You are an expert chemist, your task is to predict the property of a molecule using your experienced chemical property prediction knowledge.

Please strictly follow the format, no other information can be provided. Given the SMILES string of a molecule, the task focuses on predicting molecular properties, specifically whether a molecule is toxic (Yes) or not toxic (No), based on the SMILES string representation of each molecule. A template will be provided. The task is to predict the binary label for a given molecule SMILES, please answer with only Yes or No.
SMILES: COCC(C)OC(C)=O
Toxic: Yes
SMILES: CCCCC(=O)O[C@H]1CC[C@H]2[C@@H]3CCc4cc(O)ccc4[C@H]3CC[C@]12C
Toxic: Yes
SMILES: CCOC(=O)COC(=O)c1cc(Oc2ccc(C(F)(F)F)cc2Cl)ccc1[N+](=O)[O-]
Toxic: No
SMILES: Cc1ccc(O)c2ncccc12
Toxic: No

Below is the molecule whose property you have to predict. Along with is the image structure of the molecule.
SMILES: C/N=C(\NC)NCc1ccccc1.C/N=C(\NC)NCc1ccccc1
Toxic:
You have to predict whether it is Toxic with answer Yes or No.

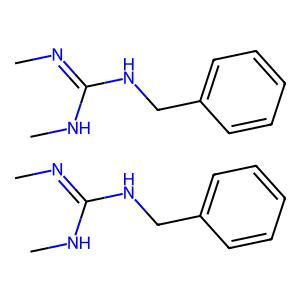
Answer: No